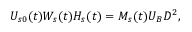
U _ { s 0 } ( t ) W _ { s } ( t ) H _ { s } ( t ) = M _ { s } ( t ) U _ { B } D ^ { 2 } ,